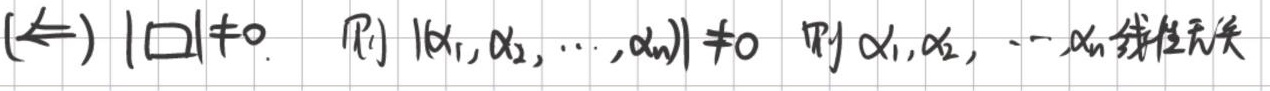
\((\Leftarrow)\) \(|\square|\neq0\)，则 \(|\alpha_1,\alpha_2,\cdots,\alpha_n|\neq0\)，则 \(\alpha_1,\alpha_2,\cdots,\alpha_n\) 线性无关